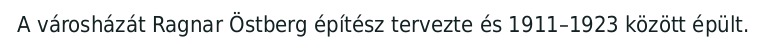
A városházát Ragnar Östberg építész tervezte és 1911–1923 között épült.